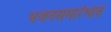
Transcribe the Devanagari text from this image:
भजनसमारंभात